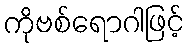
ကိုဗစ်ရောဂါဖြင့်